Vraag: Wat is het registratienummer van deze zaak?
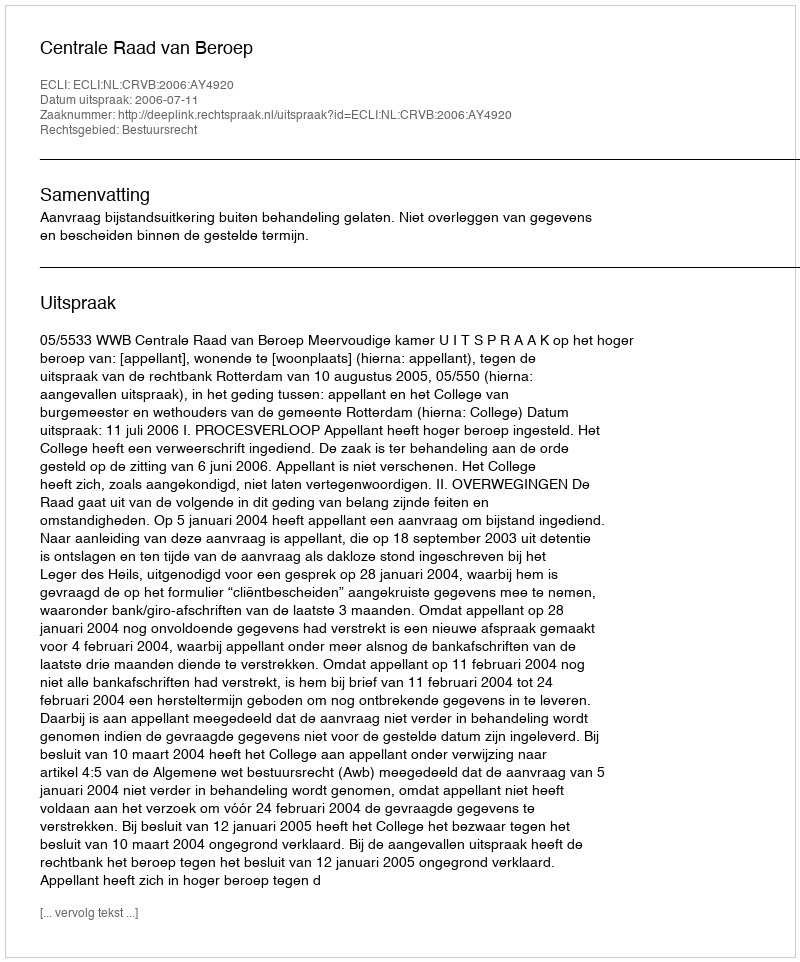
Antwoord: http://deeplink.rechtspraak.nl/uitspraak?id=ECLI:NL:CRVB:2006:AY4920